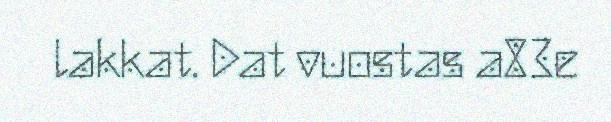
lakkat. Dat vuostas a83e